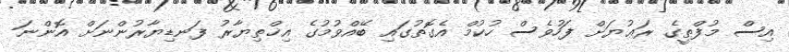
އިސް މުފްތީގެ ރަޢުޔަށް ފަހުވެސް ހުކުމް އެގޮތުގައި ބޭއްވުމުގެ އިޚްތިޔާރު ފަނޑިޔާރުންނަށް އޮންނަ